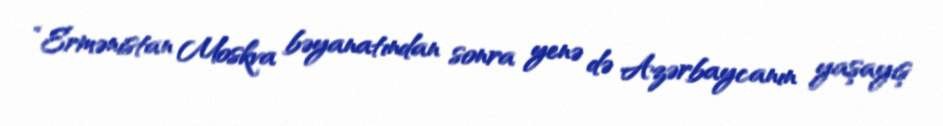
“Ermənistan Moskva bəyanatından sonra yenə də Azərbaycanın yaşayış